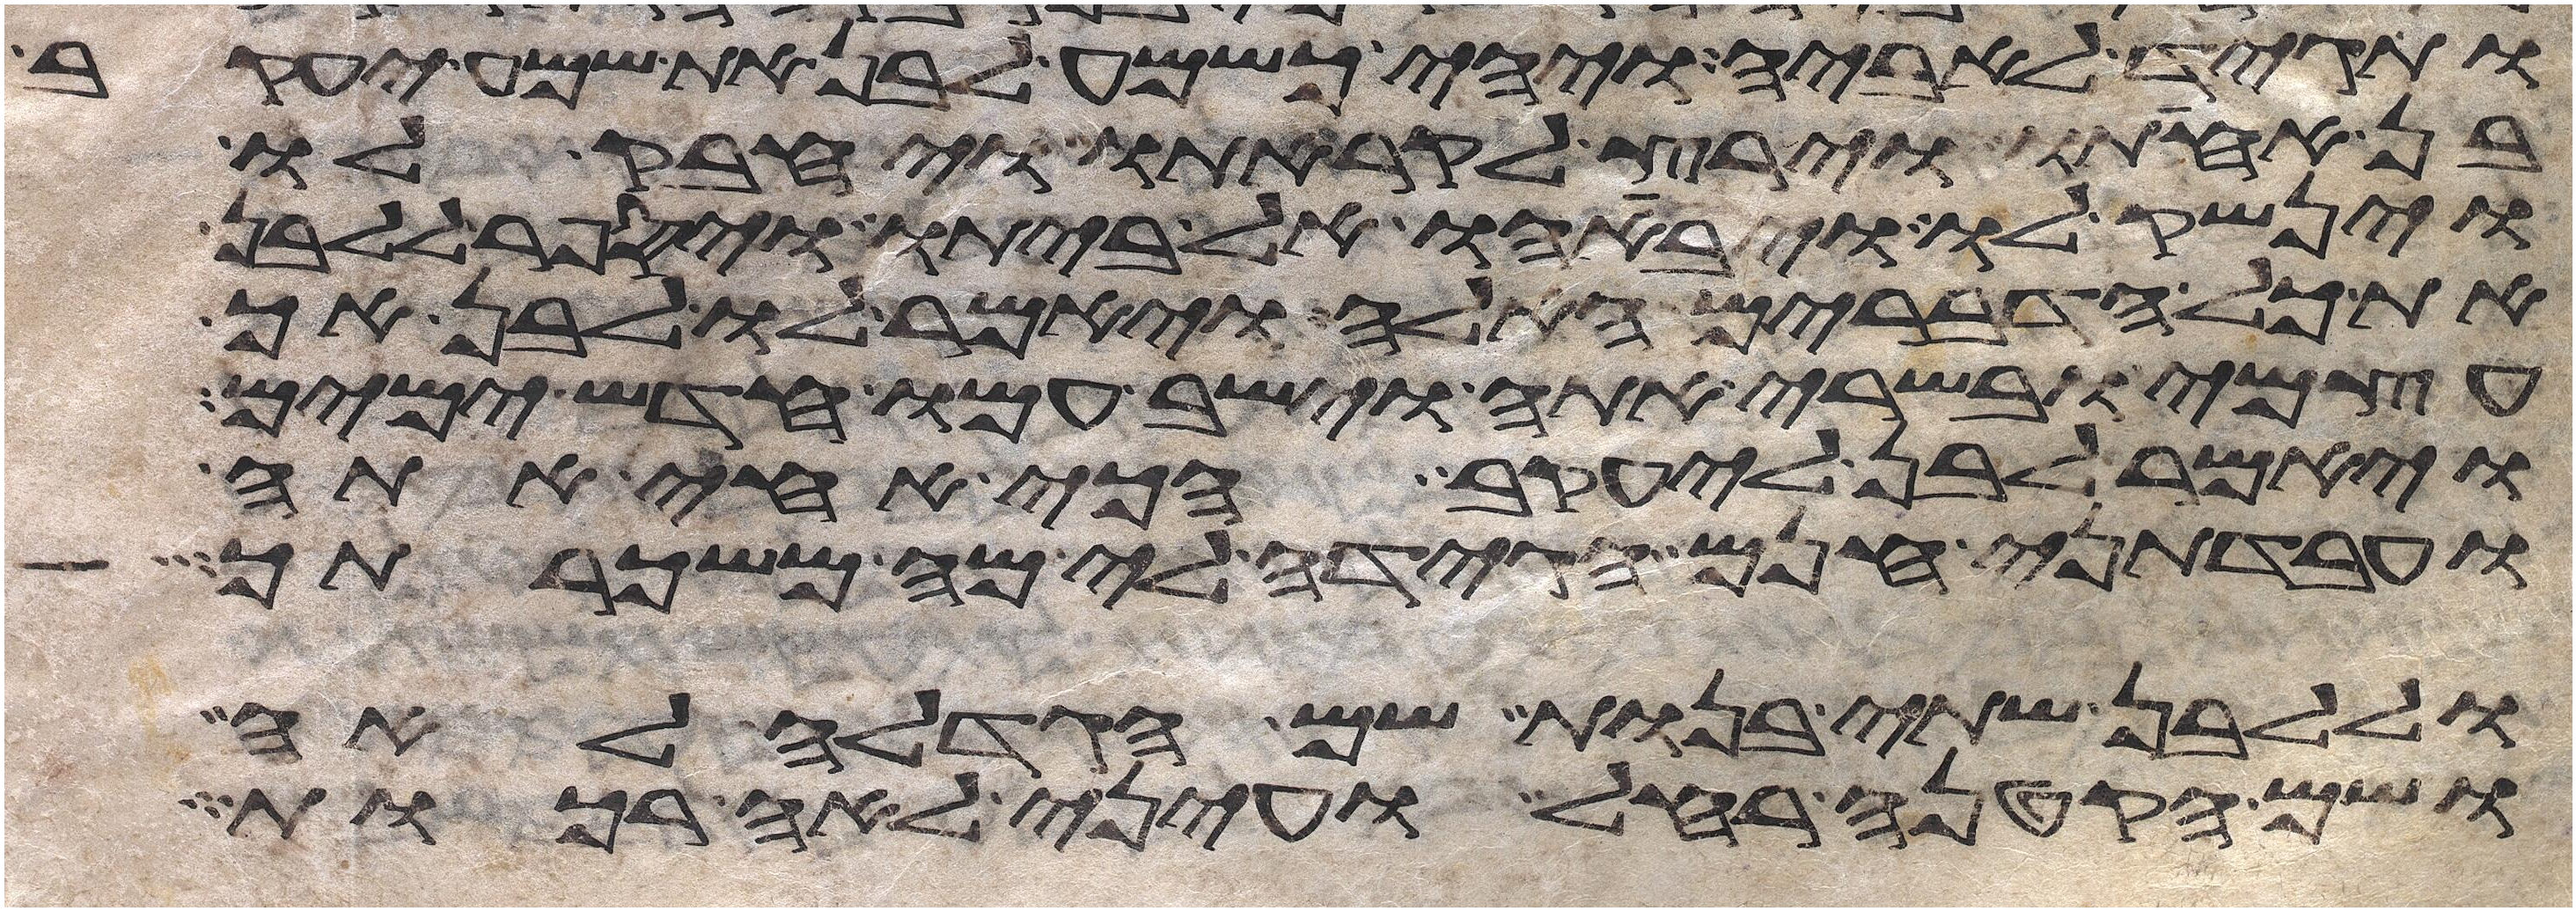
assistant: ותגד לאביה ויהי כשמע לבן את שמע יעקב
בן אחותו וירץ לקראתו ויחבק לו
וינשק לו ויביאהו אל ביתו ויספר ללבן
את כל הדברים האלה ויאמר לו לבן אך
עצמי ובשרי אתה וישב עמו חדש ימים
ויאמר לבן ליעקב הכי אחי אתה
ועבדתני חנם הגידה לי מה משכרתך
וללבן שתי בנות שם הגדלה לאה
ושם הקטנה רחל ועיני לאה רכות